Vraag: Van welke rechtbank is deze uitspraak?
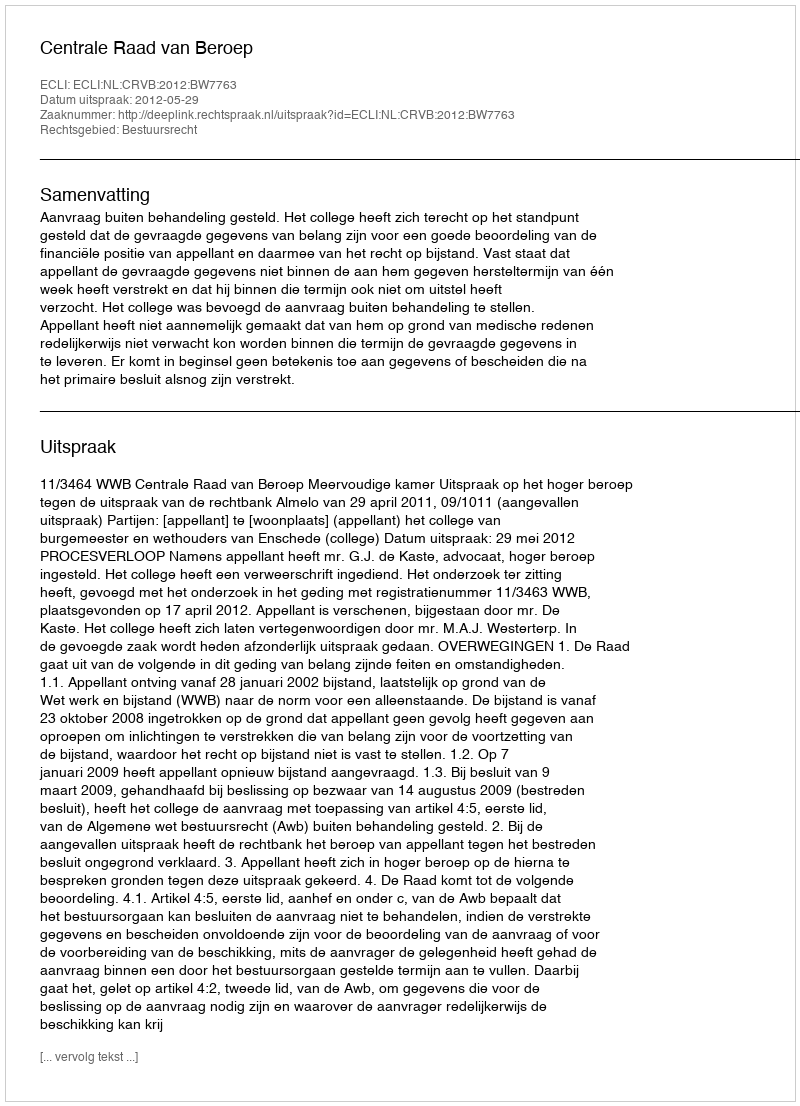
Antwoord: Centrale Raad van Beroep